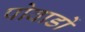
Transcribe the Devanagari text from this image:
पोवाडों